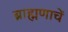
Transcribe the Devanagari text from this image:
ब्राह्मणाचें